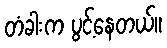
တံခါးက ပွင့်နေတယ်။